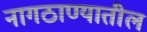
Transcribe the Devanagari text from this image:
नागठाण्यातील